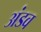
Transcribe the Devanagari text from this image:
अंडव